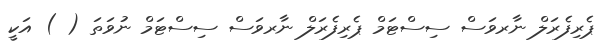
ޕެރިފެރަލް ނާރވަސް ސިސްޓަމް ޕެރިފެރަލް ނާރވަސް ސިސްޓަމް ނުވަތަ ( ) އަކީ